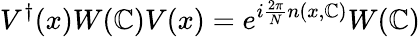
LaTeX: V^{\dagger}(x)W(\mathbb{C})V(x)=e^{i{\frac{{2\pi}}{{N}}}n(x,\mathbb{C})}W(\mathbb{C})